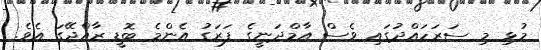
މުޅި މި ސަރަހައްދުގައި ވެސް އާމްދަނީގެ ފަރަގު އެންމެ ބޮޑީ ރާއްޖޭގަ އެވެ.